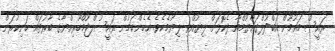
ރައީސް މައުމޫން އަބްދުލްގައްޔޫމްއާ ދެކޮޅަށް ލިޔުއްވި ލިޔުމެކެވެ. އެހެންކަމުން ރައީސުލްޖުމްހޫރިއްޔާގެ ބާރުތައް ހަނިކުރަން